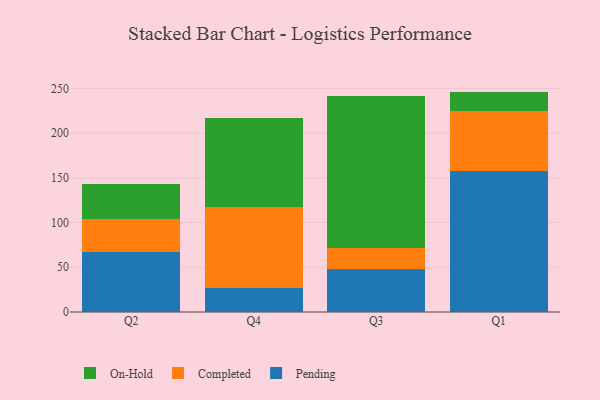
{"axis": {"x": "Quarter", "y": "Budget (USD K)"}, "legend": ["Completed", "On-Hold", "Pending"], "data": [{"x": "Q2", "y": 66.6, "type": "Pending"}, {"x": "Q2", "y": 37.9, "type": "Completed"}, {"x": "Q2", "y": 39.1, "type": "On-Hold"}, {"x": "Q4", "y": 26.6, "type": "Pending"}, {"x": "Q4", "y": 90.9, "type": "Completed"}, {"x": "Q4", "y": 100.0, "type": "On-Hold"}, {"x": "Q3", "y": 48.6, "type": "Pending"}, {"x": "Q3", "y": 22.9, "type": "Completed"}, {"x": "Q3", "y": 170.2, "type": "On-Hold"}, {"x": "Q1", "y": 158.0, "type": "Pending"}, {"x": "Q1", "y": 66.9, "type": "Completed"}, {"x": "Q1", "y": 21.6, "type": "On-Hold"}]}